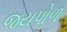
જયપોળ